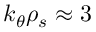
k _ { \theta } \rho _ { s } \approx 3